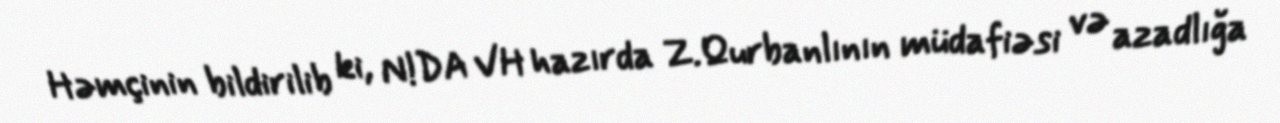
Həmçinin bildirilib ki, N!DA VH hazırda Z.Qurbanlının müdafiəsi və azadlığa